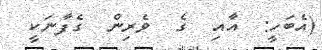
(އެބަހީ:  އާއި  ގެ  ވެރިން  ގެފާނަކީ